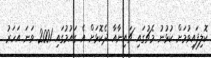
ކޮލިފައިވުމަށް ކުޅުނު މެޗުގައި ޗައިނާއާ ދެކޮޅަށް އެ ގައުމުގައި 2001 ވަނަ އަހަރު